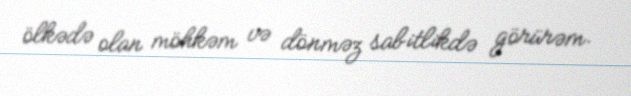
ölkədə olan möhkəm və dönməz sabitlikdə görürəm.